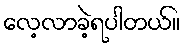
လေ့လာခဲ့ရပါတယ်။